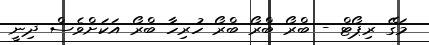
މަގޭ ރިޕޯޓް - ބްރޯ ބްރޯ ބްރޯ ހުރިހާ ބްރޯ އަކަށްވެސް ދިނީ